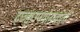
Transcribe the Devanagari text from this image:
ट्छ्क्क्उपयोगकर्ता